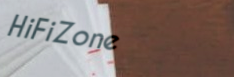
HiFiZone